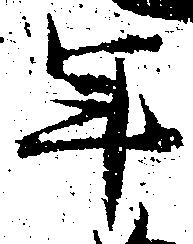
年